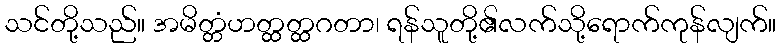
သင်တို့သည်။ အမိတ္တံဟတ္ထတ္ထဂတာ၊ ရန်သူတို့၏လက်သို့ရောက်ကုန်လျက်။